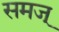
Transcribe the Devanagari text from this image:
समज्